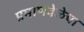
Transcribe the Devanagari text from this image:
प्रमाणवेळेचा